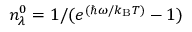
n _ { \lambda } ^ { 0 } = 1 / ( e ^ { ( \hbar \omega / k _ { \mathrm { B } } T ) } - 1 )